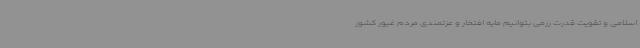
اسلامی و تقویت قدرت رزمی بتوانیم مایه افتخار و عزتمندی مردم غیور کشور